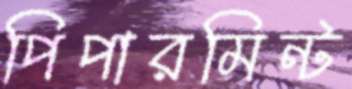
পিপারমিন্ট